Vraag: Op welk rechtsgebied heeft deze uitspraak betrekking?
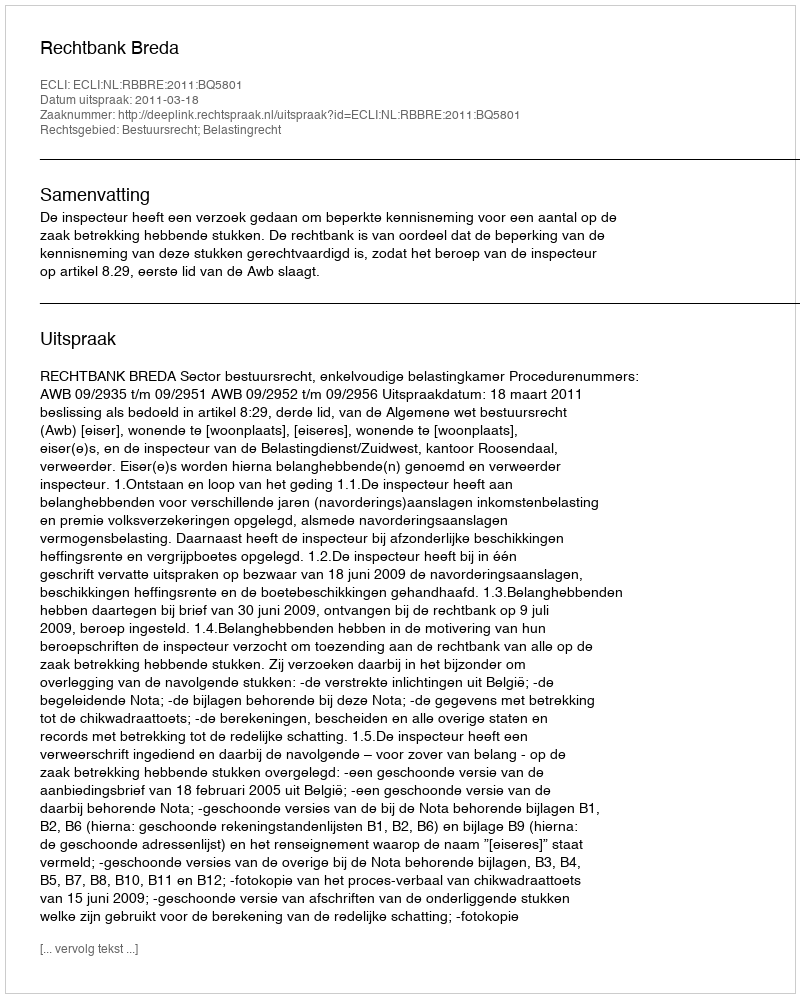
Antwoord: Bestuursrecht; Belastingrecht